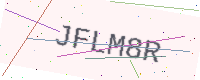
Text: JFLM8R